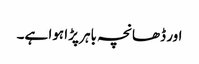
اور ڈھانچہ باہر پڑا ہوا ہے۔